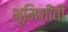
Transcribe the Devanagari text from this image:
भूमिजीवी